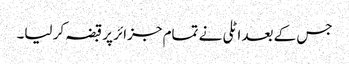
جس کے بعد اٹلی نے تمام جزائر پر قبضہ کر لیا۔